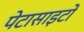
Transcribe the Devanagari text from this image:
पेटासाइटों